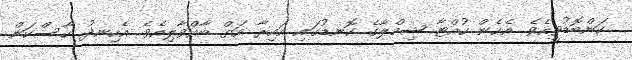
ކަންބޮޑުވީއެވެ. އެހެން ހުއްޓާ ޝިމްލާގެ ކޮނޑުގައި އައިރާ އަތް ބާއްވާލިއެވެ. އެހިނދު ހާސްކަން